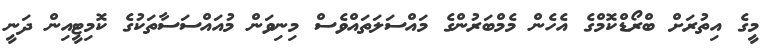
މީގެ އިތުރަށް ބްރޯޑްކޮމްގެ އެހެން މެމްބަރުންގެ މައްސަލަތައްވެސް މިނިވަން މުއައްސަސާތަކުގެ ކޮމިޓީއިން ދަނީ